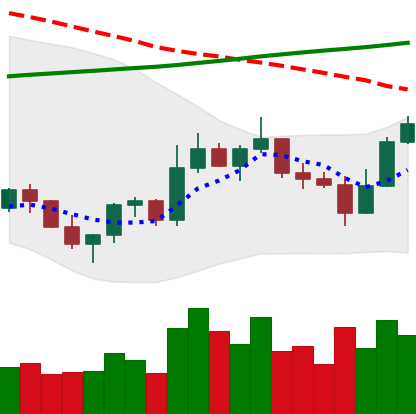
Ticker: ETC-USD
Chart end date: 2022-11-05
Forward return: -17.047%
Label: down_7plus